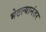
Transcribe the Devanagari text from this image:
भेटल्यानंतर